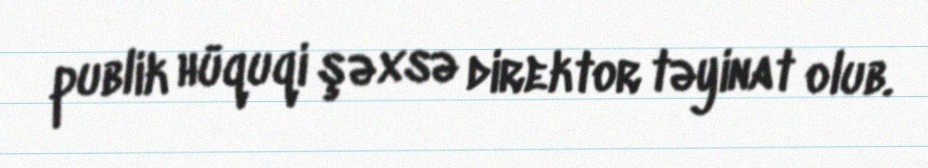
publik hüquqi şəxsə direktor təyinat olub.